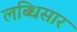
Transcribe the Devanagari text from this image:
लब्धिसार